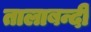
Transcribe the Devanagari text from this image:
तालाबन्दी